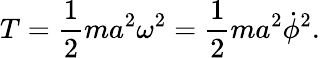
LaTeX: T={\frac{1}{2}}ma^{2}\omega^{2}={\frac{1}{2}}ma^{2}{\dot{\phi}}^{2}.